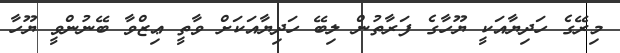
މިރޭގެ ހަދިޔާއަކީ ޔޫހާގެ ފަރާތުން ލިބޭ ހަދިޔާއަކަށް ވާތީ ޢިޒްވާ ބޭނުންވީ ޔޫހާ